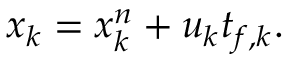
\boldsymbol { x } _ { k } = \boldsymbol { x } _ { k } ^ { n } + \boldsymbol { u } _ { k } t _ { f , k } .